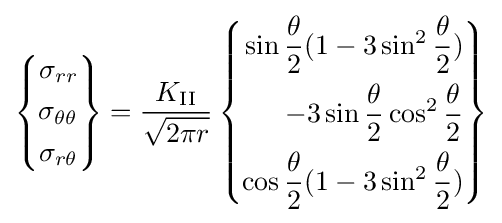
\left\{{\begin{aligned}\sigma _{rr}\\\sigma _{\theta \theta }\\\sigma _{r\theta }\end{aligned}}\right\}={\frac {K_{\rm {II}}}{\sqrt {2\pi r}}}\left\{{\begin{aligned}\sin {\frac {\theta }{2}}(1-3\sin ^{2}{\frac {\theta }{2}})\\-3\sin {\frac {\theta }{2}}\cos ^{2}{\frac {\theta }{2}}\\\cos {\frac {\theta }{2}}(1-3\sin ^{2}{\frac {\theta }{2}})\end{aligned}}\right\}